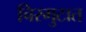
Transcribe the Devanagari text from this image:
चिरगुटात